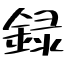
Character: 録